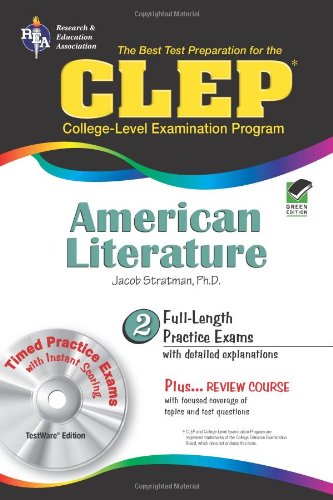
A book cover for CLEPÂ® American Literature w/CD (CLEP Test Preparation); Jacob Stratman Ph.D.; Test Preparation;